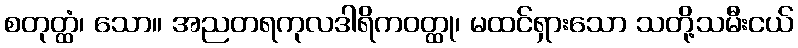
စတုတ္ထံ၊ သော။ အညတရကုလဒါရိကဝတ္ထု၊ မထင်ရှားသော သတို့သမီးငယ်